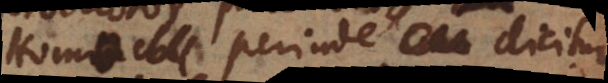
Homo perinde dicitur